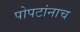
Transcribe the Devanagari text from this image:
पोपटांनाच